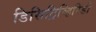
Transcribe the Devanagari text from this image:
डिसिट्रिव्हिरिडी